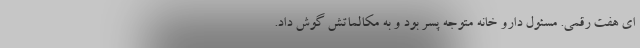
ای هفت رقمی. مسئول دارو خانه متوجه پسر بود و به مکالماتش گوش داد.